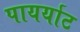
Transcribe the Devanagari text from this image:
पायर्याट